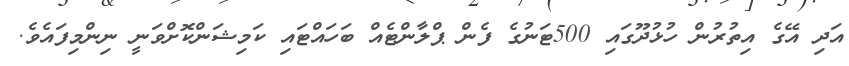
އަދި އޭގެ އިތުރުން ހުޅުދޫގައި 500ޓަނުގެ ފެން ޕްލާންޓެއް ބަހައްޓައި ކަމިޝަންކޮށްވަނީ ނިންމިފައެވެ.